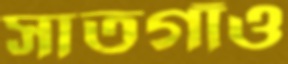
সাতগাঁও